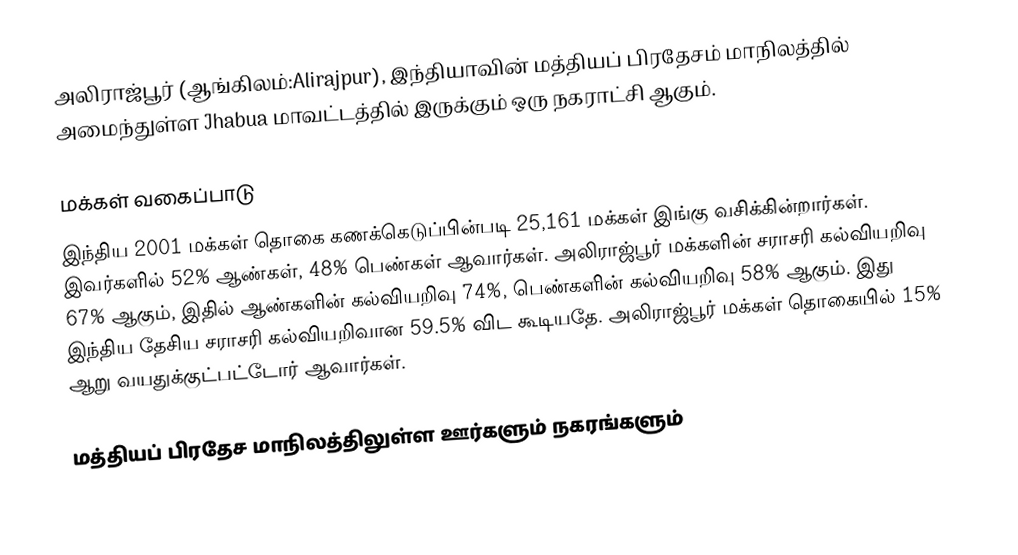
அலிராஜ்பூர் (ஆங்கிலம்:Alirajpur), இந்தியாவின் மத்தியப் பிரதேசம் மாநிலத்தில் அமைந்துள்ள Jhabua மாவட்டத்தில் இருக்கும் ஒரு நகராட்சி ஆகும்.

மக்கள் வகைப்பாடு
இந்திய 2001 மக்கள் தொகை கணக்கெடுப்பின்படி 25,161 மக்கள் இங்கு வசிக்கின்றார்கள். இவர்களில் 52% ஆண்கள், 48% பெண்கள் ஆவார்கள். அலிராஜ்பூர் மக்களின் சராசரி கல்வியறிவு 67% ஆகும்,  இதில் ஆண்களின் கல்வியறிவு 74%,  பெண்களின் கல்வியறிவு 58% ஆகும். இது இந்திய தேசிய சராசரி கல்வியறிவான 59.5% விட கூடியதே. அலிராஜ்பூர் மக்கள் தொகையில் 15%  ஆறு வயதுக்குட்பட்டோர் ஆவார்கள்.

மத்தியப் பிரதேச மாநிலத்திலுள்ள ஊர்களும் நகரங்களும்